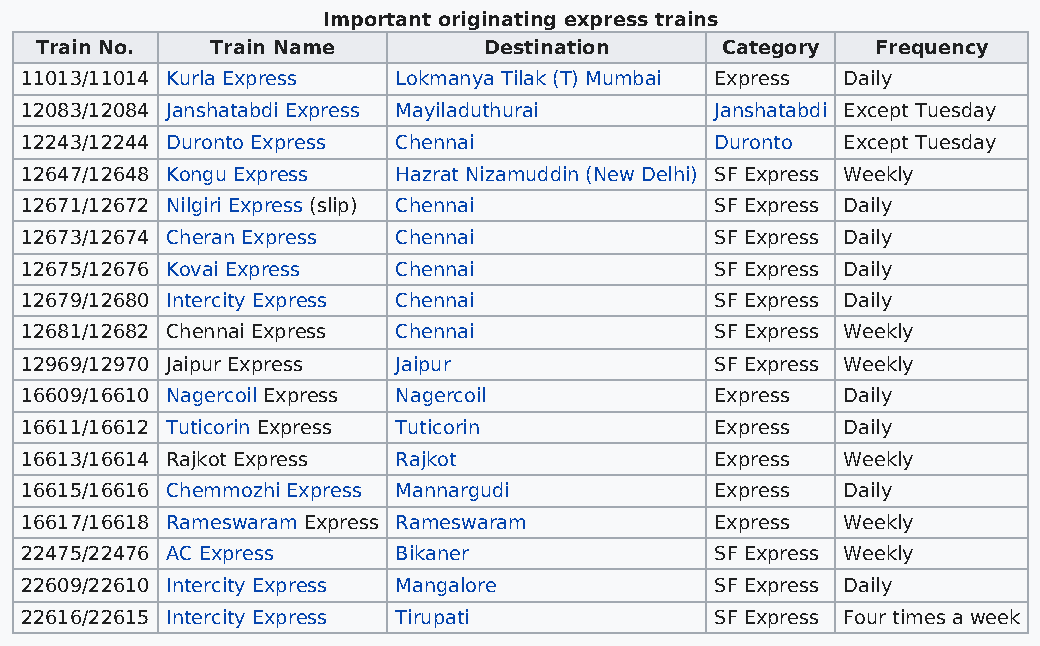
Important originating express trains
 Train No.   Train Name        Destination     Category  Frequency
 11013/11014 Kurla Express Lokmanya Tilak (T) Mumbai Express Daily
 12083/12084 Janshatabdi Express Mayiladuthurai Janshatabdi Except Tuesday
 12243/12244 Duronto Express Chennai           Duronto  Except Tuesday
 12647/12648 Kongu Express Hazrat Nizamuddin (New Delhi) SF Express Weekly
 12671/12672 Nilgiri Express (slip) Chennai    SF Express Daily
 12673/12674 Cheran Express Chennai            SF Express Daily
 12675/12676 Kovai Express Chennai             SF Express Daily
 12679/12680 Intercity Express Chennai         SF Express Daily
 12681/12682 Chennai Express Chennai           SF Express Weekly
 12969/12970 Jaipur Express Jaipur             SF Express Weekly
 16609/16610 Nagercoil Express Nagercoil       Express  Daily
 16611/16612 Tuticorin Express Tuticorin       Express  Daily
 16613/16614 Rajkot Express Rajkot             Express  Weekly
 16615/16616 Chemmozhi Express Mannargudi      Express  Daily
 16617/16618 Rameswaram Express Rameswaram     Express  Weekly
 22475/22476 AC Express   Bikaner              SF Express Weekly
 22609/22610 Intercity Express Mangalore       SF Express Daily
 22616/22615 Intercity Express Tirupati        SF Express Four times a week